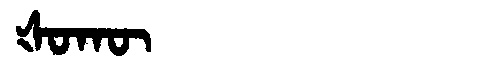
Manchu: ᡧᠣᡴᡡ
Romanization: ŠOKŪ